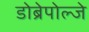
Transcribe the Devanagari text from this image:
डोब्रेपोल्जे